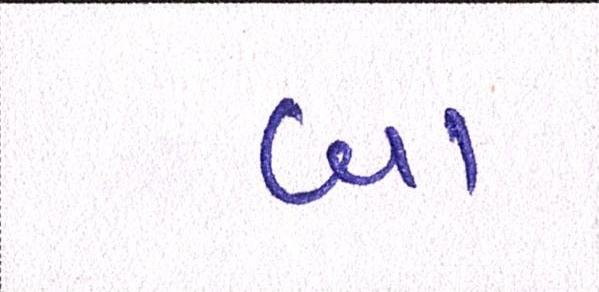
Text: બા